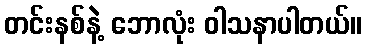
တင်းနစ်နဲ့ ဘောလုံး ဝါသနာပါတယ်။